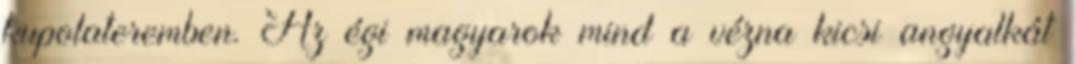
kupolateremben. Az égi magyarok mind a vézna kicsi angyalkát